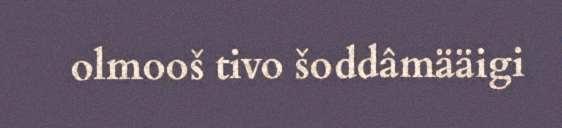
olmooš tivo šoddâmääigi